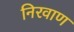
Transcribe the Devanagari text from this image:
निरवाण